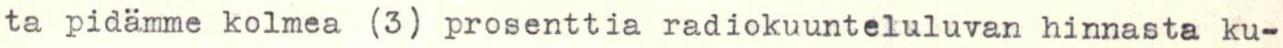
ta pidämme kolmea (3) prosenttia radiokuunteluluvan hinnasta ku-